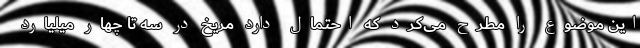
این موضوع را مطرح می‌کرد که احتمال دارد مریخ در سه تا چهار میلیارد